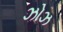
ઝોઝ